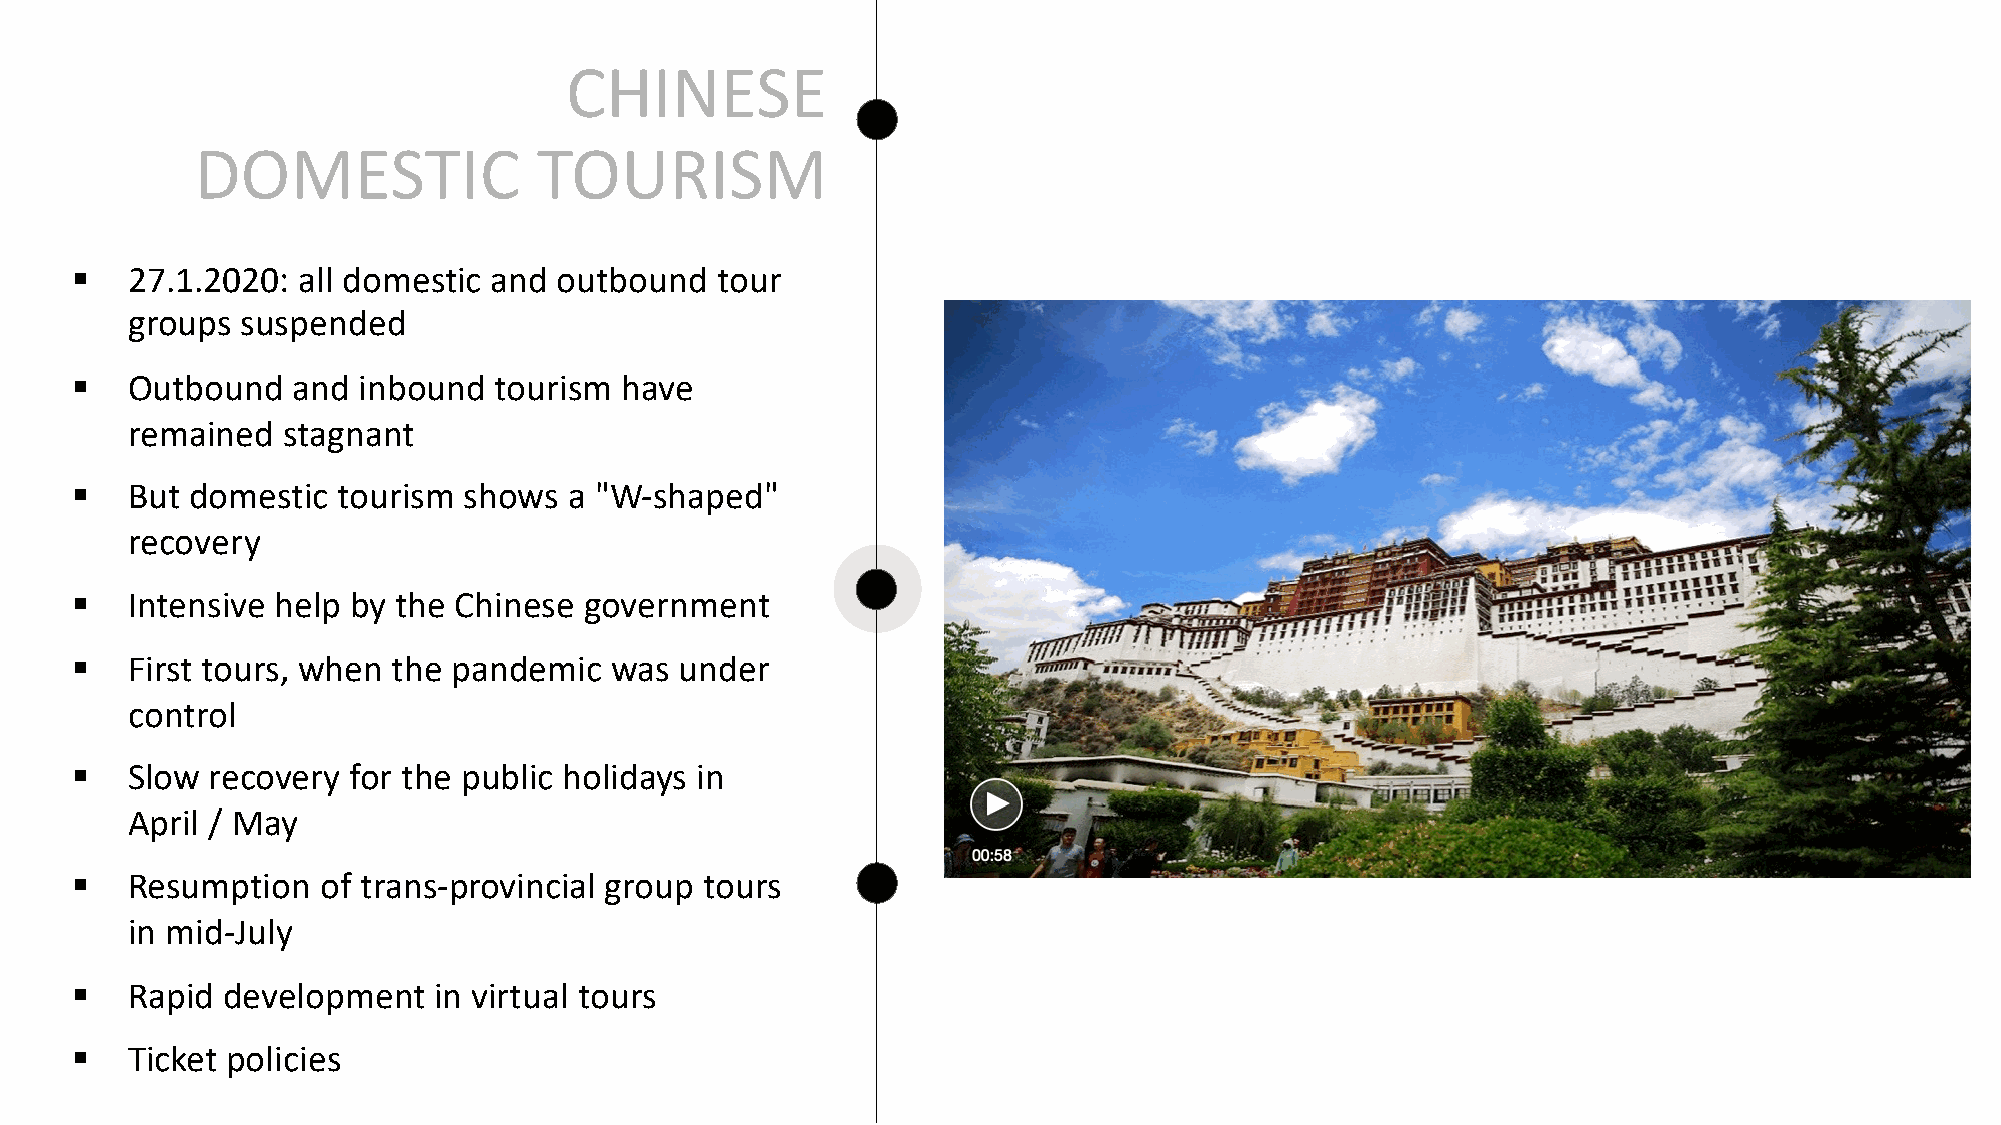
CHINESE
 DOMESTIC               TOURISM
 §  27.1.2020:  all domestic and outbound  tour
 groups  suspended
 §  Outbound   and  inbound  tourism have
 remained   stagnant
 §  But  domestic tourism  shows  a "W-shaped"
 recovery
 §  Intensive help by the Chinese  government
 §  First tours, when the pandemic  was  under
 control
 §  Slow  recovery for the public holidays in
 April / May
 §  Resumption   of trans-provincial group tours
 in mid-July
 §   Rapid development   in virtual tours
 §   Ticket policies